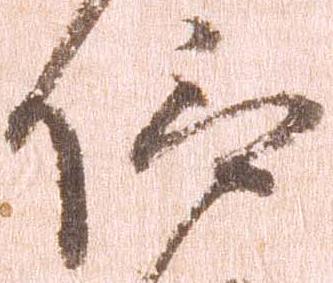
仰